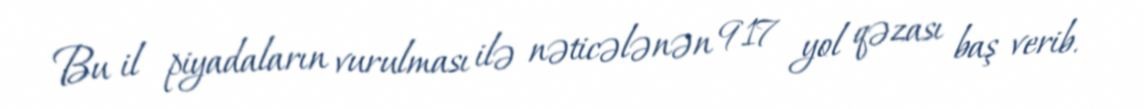
Bu il piyadaların vurulması ilə nəticələnən 917 yol qəzası baş verib.